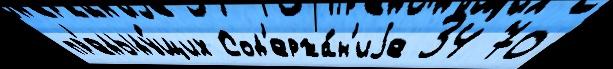
пр'едыду́щих Сод'ержа́н'иjе 34 70